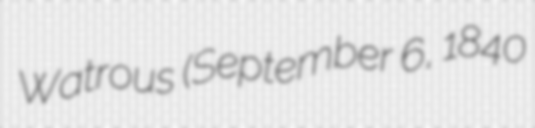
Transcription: Watrous (September 6, 1840